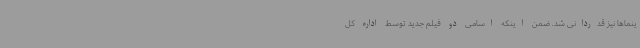
ینماها نیز قدردانی شد. ضمن اینکه اسامی دو فیلم جدید توسط اداره کل